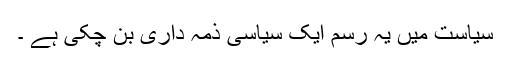
سیاست میں یہ رسم ایک سیاسی ذمہ داری بن چکی ہے ۔